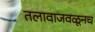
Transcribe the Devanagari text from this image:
तलावाजवळूनच